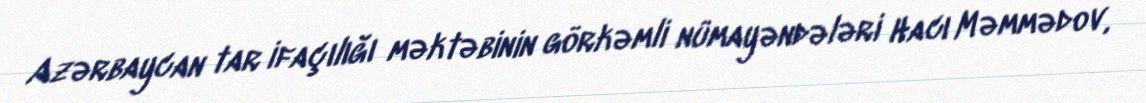
Azərbaycan tar ifaçılığı məktəbinin görkəmli nümayəndələri Hacı Məmmədov,